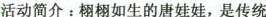
活动简介：栩栩如生的唐娃娃，是传统